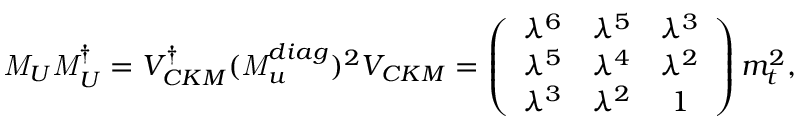
{ \it M } _ { U } { \it M } _ { U } ^ { \dagger } = V _ { C K M } ^ { \dagger } ( { \it M } _ { u } ^ { d i a g } ) ^ { 2 } V _ { C K M } = \left( \begin{array} { l c c } { { \lambda ^ { 6 } } } & { { \lambda ^ { 5 } } } & { { \lambda ^ { 3 } } } \\ { { \lambda ^ { 5 } } } & { { \lambda ^ { 4 } } } & { { \lambda ^ { 2 } } } \\ { { \lambda ^ { 3 } } } & { { \lambda ^ { 2 } } } & { { 1 } } \end{array} \right) m _ { t } ^ { 2 } ,